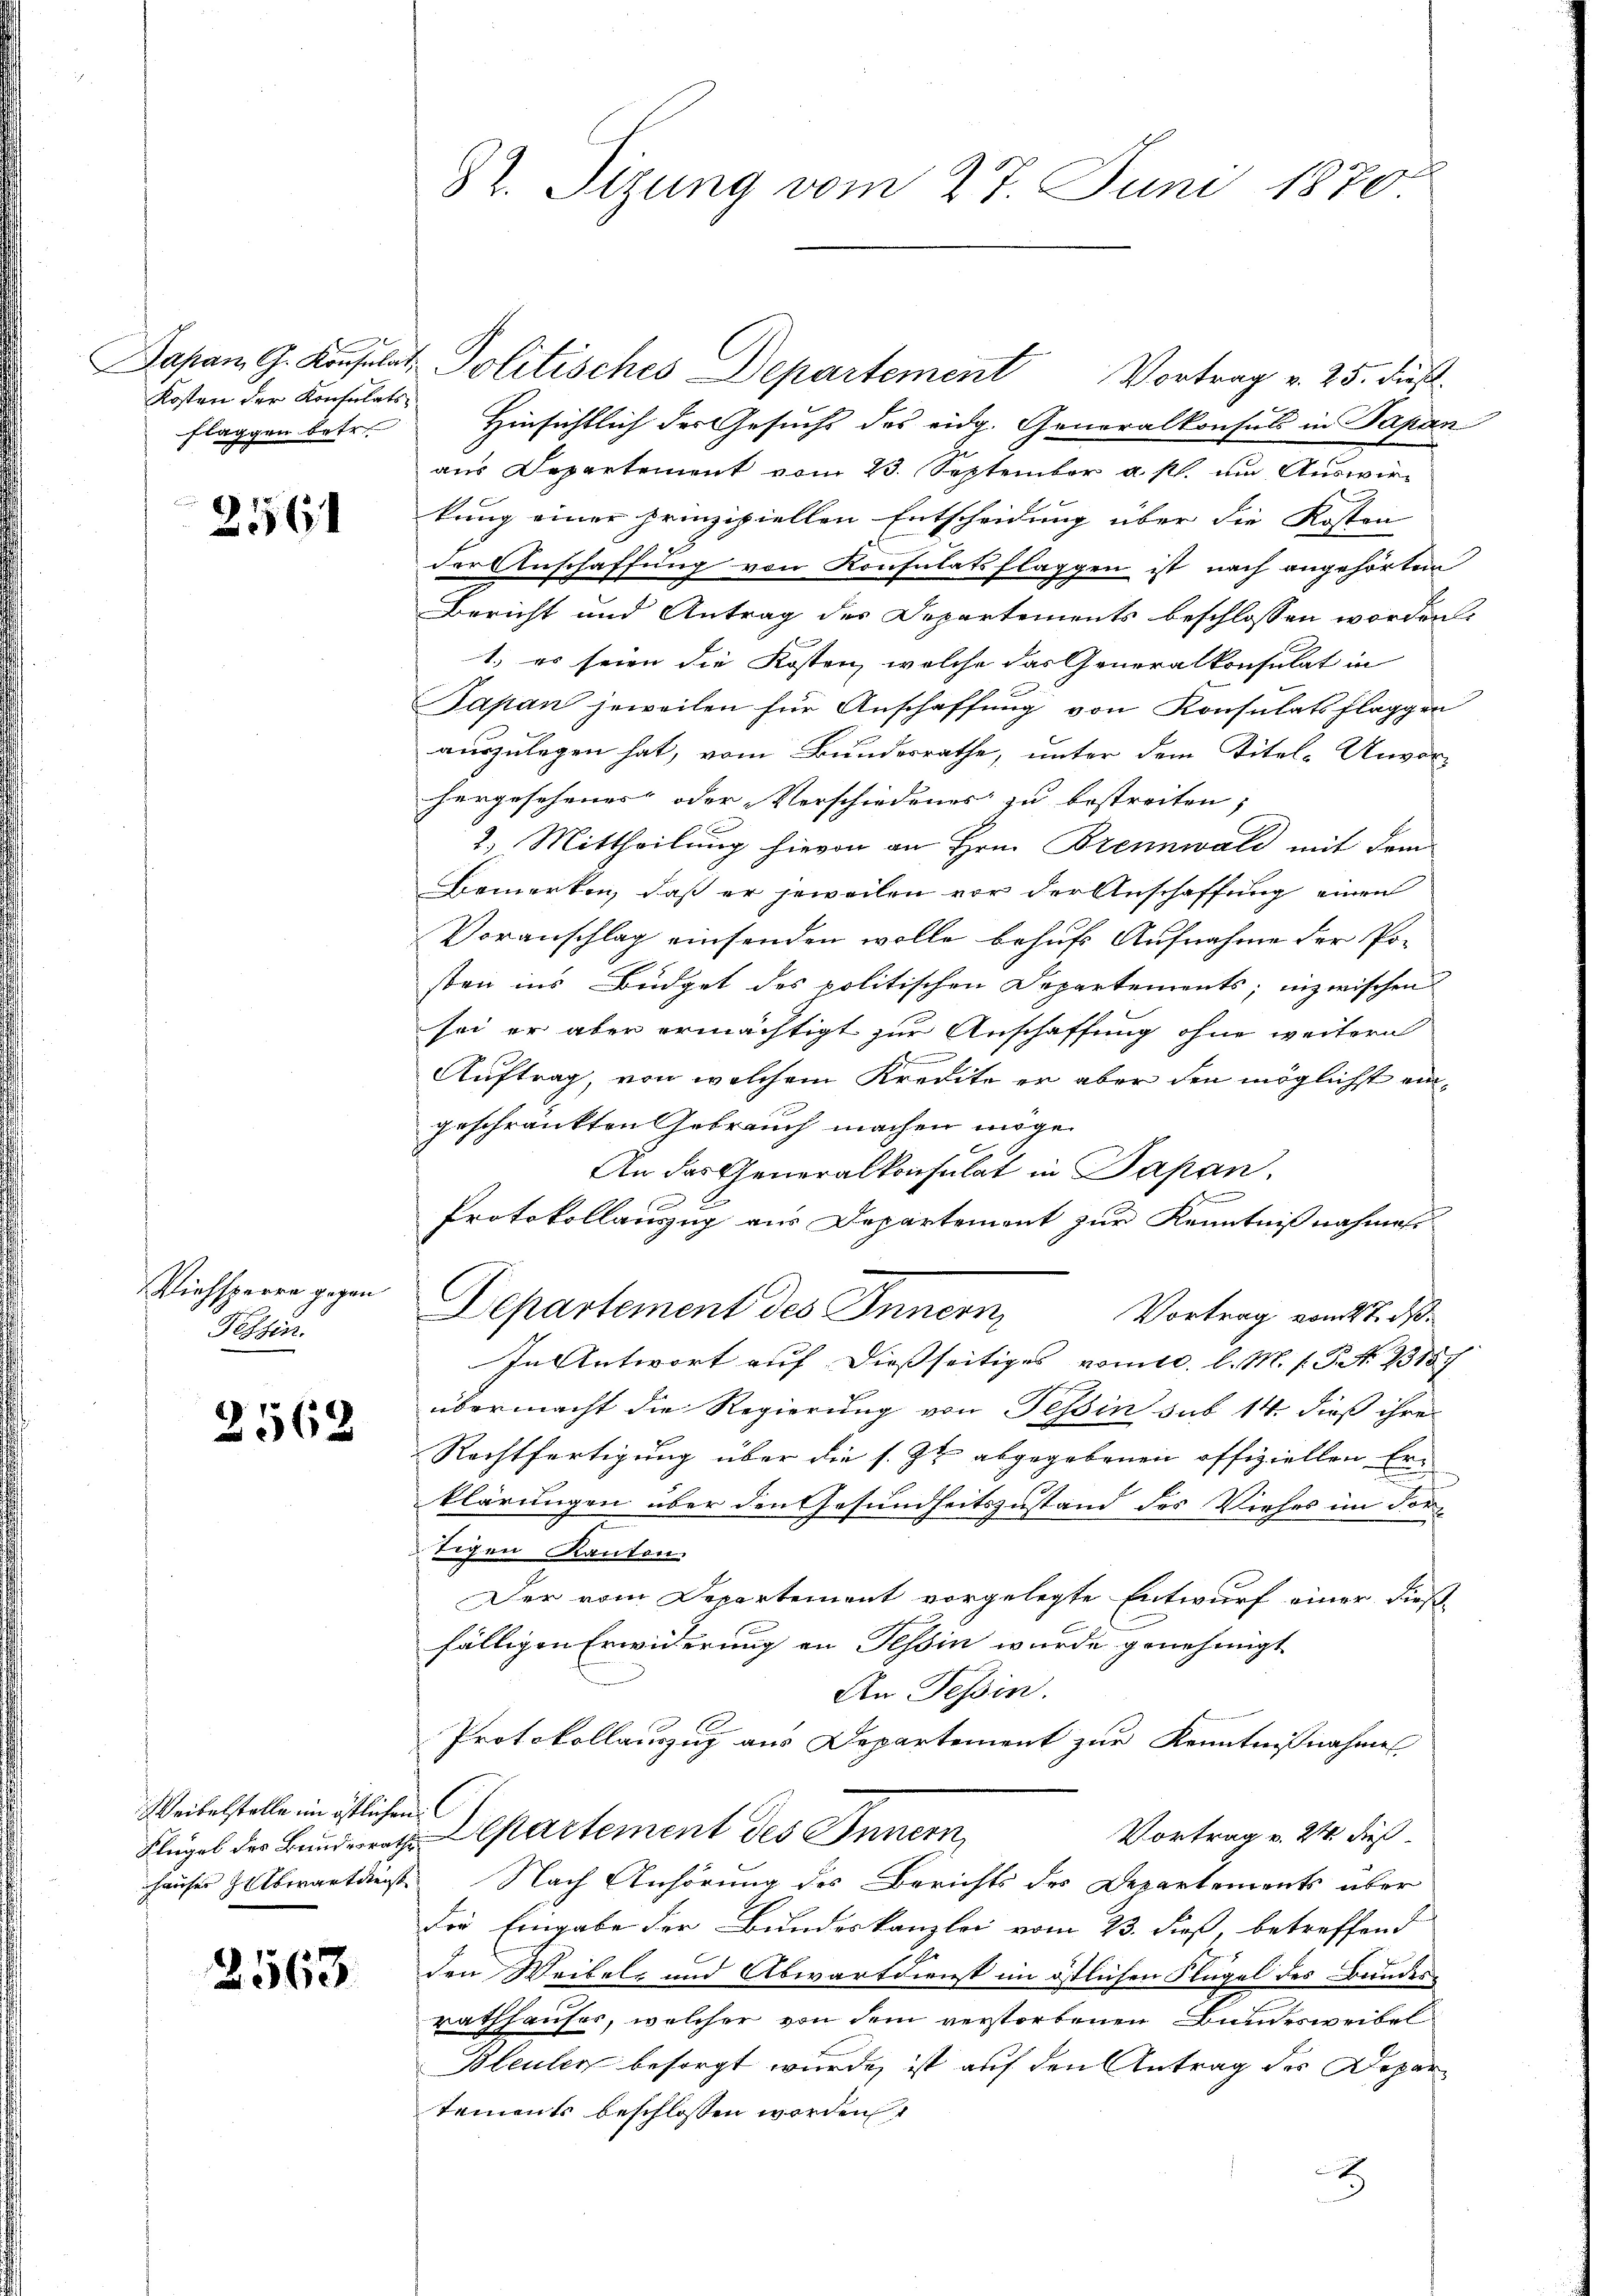
Kosten der Konsulats-
Flaggen betr.

2561

Viehsperre gegen
Fessen.

2568

Weibelstelle im östlichen

2563.

82. Sizung vom 27. Juni 1870

Japan G. Konsulat Politisches Departement Vortrag v. 25. dieß.
Hinsichtlich der Gesuchs des eidg. Generalkonsuls in Papan
aus Departement vom 23. September a. p. um Auswirkung einer prinzipiellen Entscheidung über die Kosten
der Anschaffung von Konsulatsflaggen ist nach angehörten
Bericht und Antrag des Departements beschlossen worden.
1. es seien die Kosten, welche das Generalkonsulat in
Japan jeweilen für Anschaffung von Konsulats Flaggen
auszulegen hat, vom Bundesrathe, unter dem Titel-Unvor-
hergesehener oder Verschiedenes zu bestreiten,
2) Mittheilung hievon an Hrn. Brennwald mit dem
Bemerken, daß er jeweilen vor der Anschaffung einen
Voranschlag einsenden wolle behufs Aufnahme der Po-
sten ins Büdget des politischen Departements; inzwischen
sei er aber ermächtigt zur Anschaffung ohne weitern
m
Auftrag, von welchem Kredite er aber den möglichst eingeschränkten Gebrauch machen möge.
An das Generalkonsulat in Japan,
1
Protokollauszug aus Departement zur Kenntnißnahmess
Departement des Innern,
Vortrag vom 27. ds.
In Antwort auf dießseitiges vom c. l. M. s. S. Nr. 2315
übermacht die Regierung von Tessin sub 14. dieß ihre
Rechtfertigung über die s. Zu abgegebenen offiziellen Erklärungen über den Gesundheitszustand des Viehes im Fortigen Kanton
Der vom Departement vorgelegte Entwurf einer dießfälligen Erwiderung an Tessin wurde genehmigt
An Tessin.
Protokollauszug aus Departement zur Kenntnißnahmen
Vortrag v. 24. dieß¬
Flügel des Bunderrat Departement des Innern,
hauser Huberartdiegt. Nach Anhörung des Berichts des Departements über
Der Eingabe der Bundeskanzlei vom 23. dieß, betreffend
2
den Weibels und Abwartdienst im östlichen Flügel des Bundes-
rathhauser, welcher von dem verstorbenen Bandesweibel
Bleuler besorgt wurde, ist auf den Antrag des Departements beschlossen worden
t